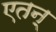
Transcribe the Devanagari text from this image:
एतन्‌